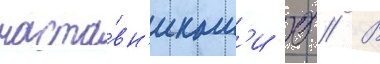
наста́вн'икам'и б // В